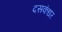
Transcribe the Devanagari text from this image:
दसकंधर